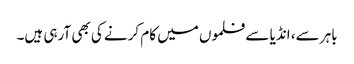
باہر سے، انڈیا سے فلموں میں کام کرنے کی بھی آرہی ہیں۔